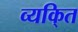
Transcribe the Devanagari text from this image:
व्यकि्‌त